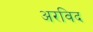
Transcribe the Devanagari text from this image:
अरविद